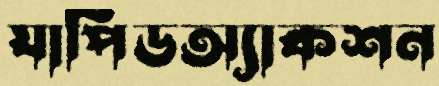
যাপিডঅ্যাকশন